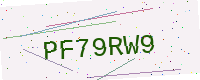
Text: PF79RW9